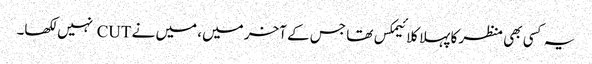
یہ کسی بھی منظر کا پہلا کلائیمکس تھا جس کے آخر میں، میں نے CUT نہیں لکھا۔